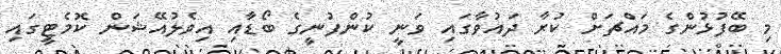
މި ބޭފުޅުންގެ މައްޗަށް ކުރާ ދައުވާގައި ވަނީ ކުންފުނީގެ ބޯޑާއި އިވެލުއޭޝަން ކޮމެޓީގައި